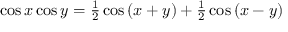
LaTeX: \cos x \cos y = { \textstyle { \frac { 1 } { 2 } } } \cos \, ( x + y ) + { \textstyle { \frac { 1 } { 2 } } } \cos \, ( x - y )